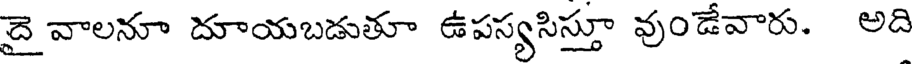
దై వాలనూ దూయబడుతూ ఉపస్యసిస్తూ వుండేవారు. అది